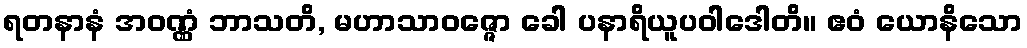
ရတနာနံ အဝဏ္ဏံ ဘာသတိ, မဟာသာဝဇ္ဇော ခေါ ပနာရိယူပဝါဒေါတိ။ ဧဝံ ယောနိသော